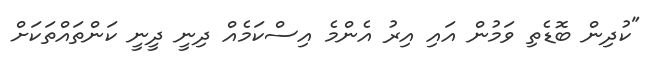
"ކުދިން ބޮޑެތި ވަމުން އައި އިރު އެންމެ އިސްކަމެއް ދިނީ ދީނީ ކަންތައްތަކަށް